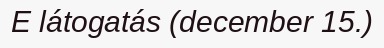
E látogatás (december 15.)